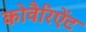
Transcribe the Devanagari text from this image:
कोवैरिऐंट